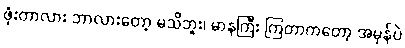
ဖုံးတာလား ဘာလားတော့ မသိဘူး၊ မာနကြီး ကြတာကတော့ အမှန်ပဲ